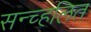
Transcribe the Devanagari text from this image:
सन्च्हलित